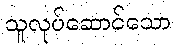
သူလုပ်ဆောင်သော